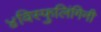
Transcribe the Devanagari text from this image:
४विस्फुलिंगिनी